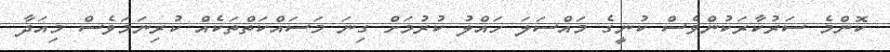
ކޮންމެ ސަރުކާރަކުންވެސް ކުނީގެ މައްސަލަ ހައްލު ކުރުމަށް ގިނަ މަސައްކަތްތަކެއް ކުރިނަމަވެސް މިއަދާ